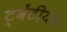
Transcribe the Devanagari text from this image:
ट्वेंटीयथ